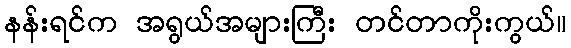
နန်းရင်က အရွယ်အများကြီး တင်တာကိုးကွယ်။